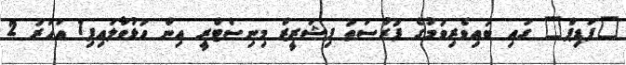
"ފަޑިޕް" ގައި ބައިވެރިވުމުގެ ފުރުސަތު ފިޝަރީޒް މިނިސްޓްރީ އިން ހުޅުވާލައިފި1 އަހަރު 2